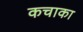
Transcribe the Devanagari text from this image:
कचाका